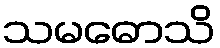
သမဓောသိ